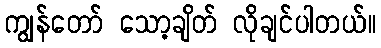
ကျွန်တော် သော့ချိတ် လိုချင်ပါတယ်။